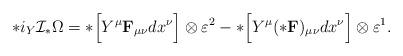
LaTeX: \begin{align*}*i_Y{\cal I}_*\Omega=*\Bigl[Y^\mu {\bf F}_{\mu\nu}dx^\nu\Bigr]\otimes\varepsilon^2-*\Bigl[Y^\mu (*{\bf F})_{\mu\nu}dx^\nu\Bigr]\otimes\varepsilon^1.\end{align*}